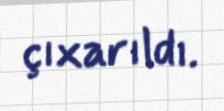
çıxarıldı.